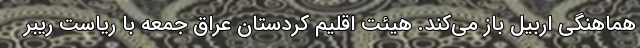
هماهنگی اربیل باز می‌کند. هیئت اقلیم کردستان عراق جمعه با ریاست ریبر